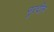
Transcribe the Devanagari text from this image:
नूरदीन